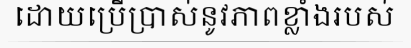
ដោយប្រើប្រាស់នូវភាពខ្លាំងរបស់